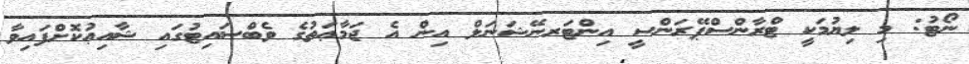
ނޯޓު: މި ލިޔުމަކީ ޓްރާންސްޕޭރަންސީ އިންޓަރނޭޝަނަލް އިން އެ ޖަމާޢަތުގެ ވެބްސައިޓުގައި ޝާއިޢުކޮށްފައިވާ